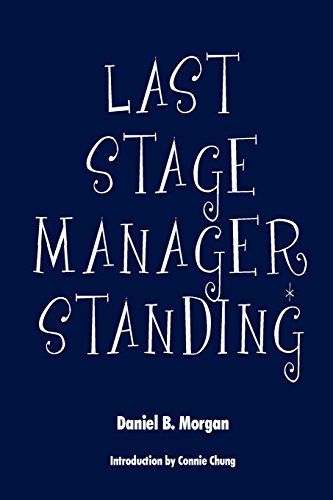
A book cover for Last Stage Manager Standing; Daniel B. Morgan; Business & Money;